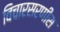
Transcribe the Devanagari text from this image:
विचारसरणीस